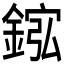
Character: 𫒮